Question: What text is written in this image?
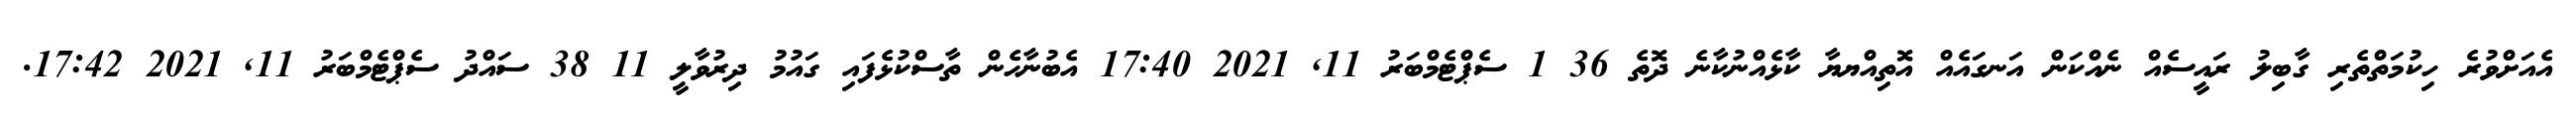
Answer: އެއަށްވުރެ ހިކުމަތްތެރި ގާބިލު ރައީސެއް ނެއްކަން އަނގައެއް އޮތިއްޔޔާ ކާޅެއްނުކާނެ ދޮތެ 36 1 ސެޕްޓެމްބަރު 11, 2021 17:40 އެބުނާހެން ތާސްކުޅެފައި ގައުމު ދިރުވާލީ 11 38 ސައްދު ސެޕްޓެމްބަރު 11, 2021 17:42.